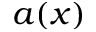
a ( x )